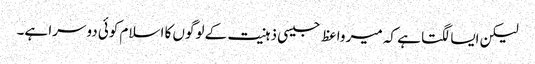
لیکن ایسا لگتا ہے کہ میر واعظ جیسی ذہنیت کے لوگوں کا اسلام کوئی دوسرا ہے۔